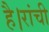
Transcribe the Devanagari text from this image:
है।रांची